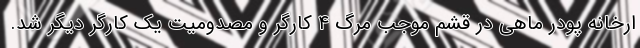
ارخانه پودر ماهی در قشم موجب مرگ ۴ کارگر و مصدومیت یک کارگر دیگر شد.